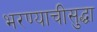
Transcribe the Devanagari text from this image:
भरण्याचीसुद्धा